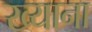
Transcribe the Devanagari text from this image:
ख्याना